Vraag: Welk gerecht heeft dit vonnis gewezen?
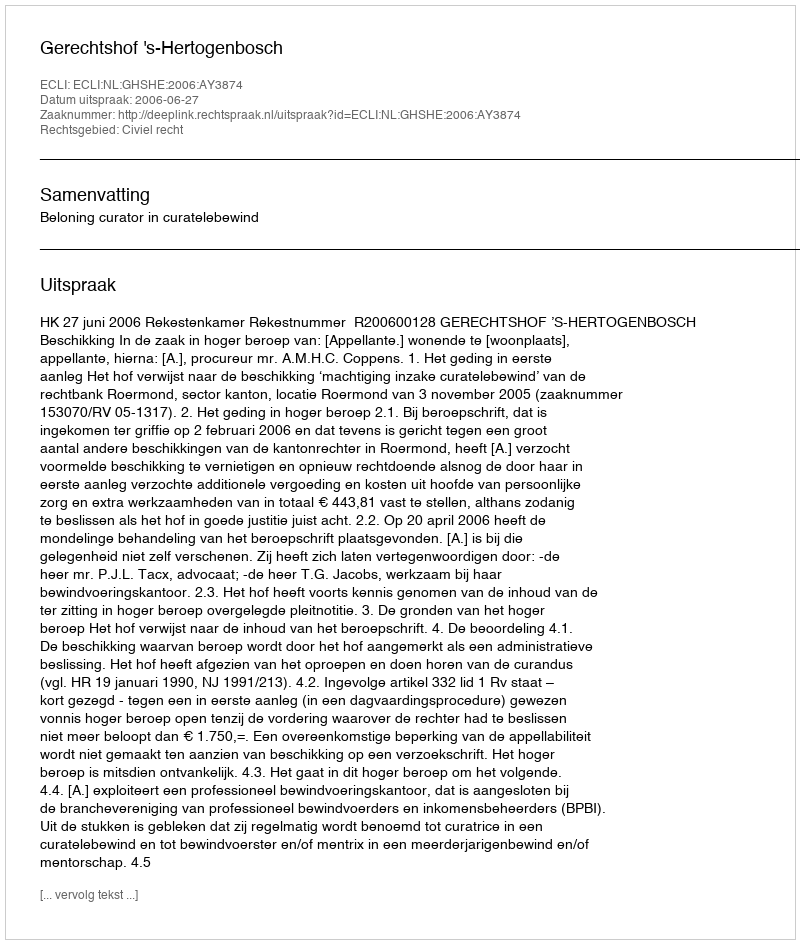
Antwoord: Gerechtshof 's-Hertogenbosch